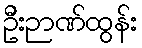
ဦးဉာဏ်ထွန်း